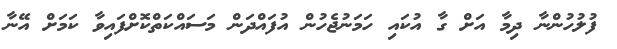
ފުލުހުންނާ ދިމާ އަށް ގާ އުކައި ހަމަނުޖެހުން އުފައްދަން މަސައްކަތްކޮށްފައިވާ ކަމަށް އޭނާ